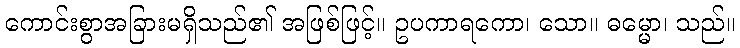
ကောင်းစွာအခြားမရှိသည်၏ အဖြစ်ဖြင့်။ ဥပကာရကော၊ သော။ ဓမ္မော၊ သည်။